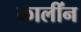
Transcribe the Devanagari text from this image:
कालींन